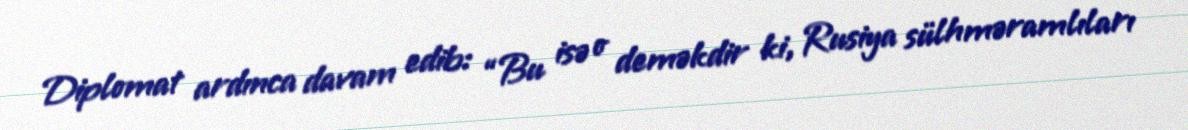
Diplomat ardınca davam edib: “Bu isə o deməkdir ki, Rusiya sülhməramlıları